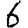
Digit: 6